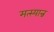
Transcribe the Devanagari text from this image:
मत्स्यान्न